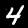
Digit: 4